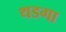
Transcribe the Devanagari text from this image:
थडगा